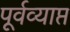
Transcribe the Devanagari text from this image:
पूर्वव्याप्त